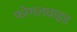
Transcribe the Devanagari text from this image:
फोगलवाइड